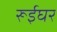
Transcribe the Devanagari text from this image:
रूईघर